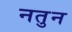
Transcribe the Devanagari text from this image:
नतुन